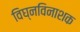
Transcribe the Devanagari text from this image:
विघ्नविनाशक